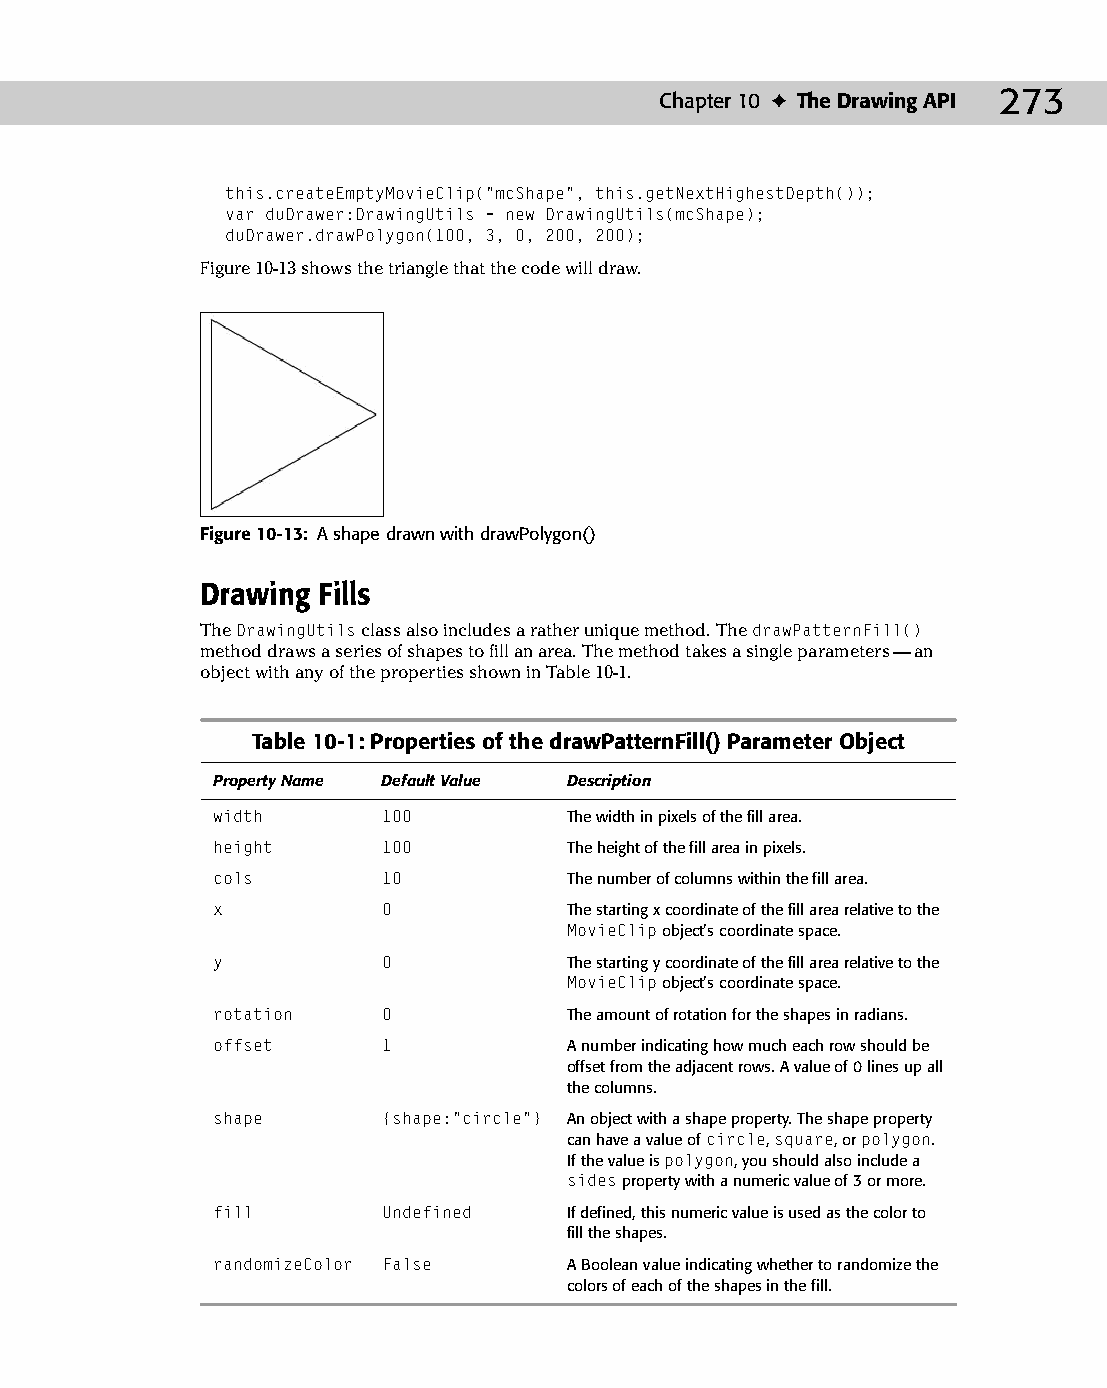
14 543547 ch10.qxd 3/24/04 3:49 PM Page 273
 Chapter 10 ✦ The Drawing API 273
 this.createEmptyMovieClip(“mcShape”, this.getNextHighestDepth());
 var duDrawer:DrawingUtils = new DrawingUtils(mcShape);
 duDrawer.drawPolygon(100, 3, 0, 200, 200);
 Figure 10-13 shows the triangle that the code will draw.
 Figure 10-13: A shape drawn with drawPolygon()
 Drawing Fills
 The DrawingUtils class also includes a rather unique method. The drawPatternFill()
 method draws a series of shapes to fill an area. The method takes a single parameters — an
 object with any of the properties shown in Table 10-1.
 Table 10-1: Properties of the drawPatternFill() Parameter Object
 Property Name Default Value Description
 width      100          The width in pixels of the fill area.
 height     100          The height of the fill area in pixels.
 cols       10           The number of columns within the fill area.
 x          0            The starting x coordinate of the fill area relative to the
 MovieClip object’s coordinate space.
 y          0            The starting y coordinate of the fill area relative to the
 MovieClip object’s coordinate space.
 rotation   0            The amount of rotation for the shapes in radians.
 offset     1            A number indicating how much each row should be
 offset from the adjacent rows. A value of 0 lines up all
 the columns.
 shape      {shape:”circle”} An object with a shape property. The shape property
 can have a value of circle, square, or polygon.
 If the value is polygon, you should also include a
 sides property with a numeric value of 3 or more.
 fill       Undefined    If defined, this numeric value is used as the color to
 fill the shapes.
 randomizeColor False    A Boolean value indicating whether to randomize the
 colors of each of the shapes in the fill.